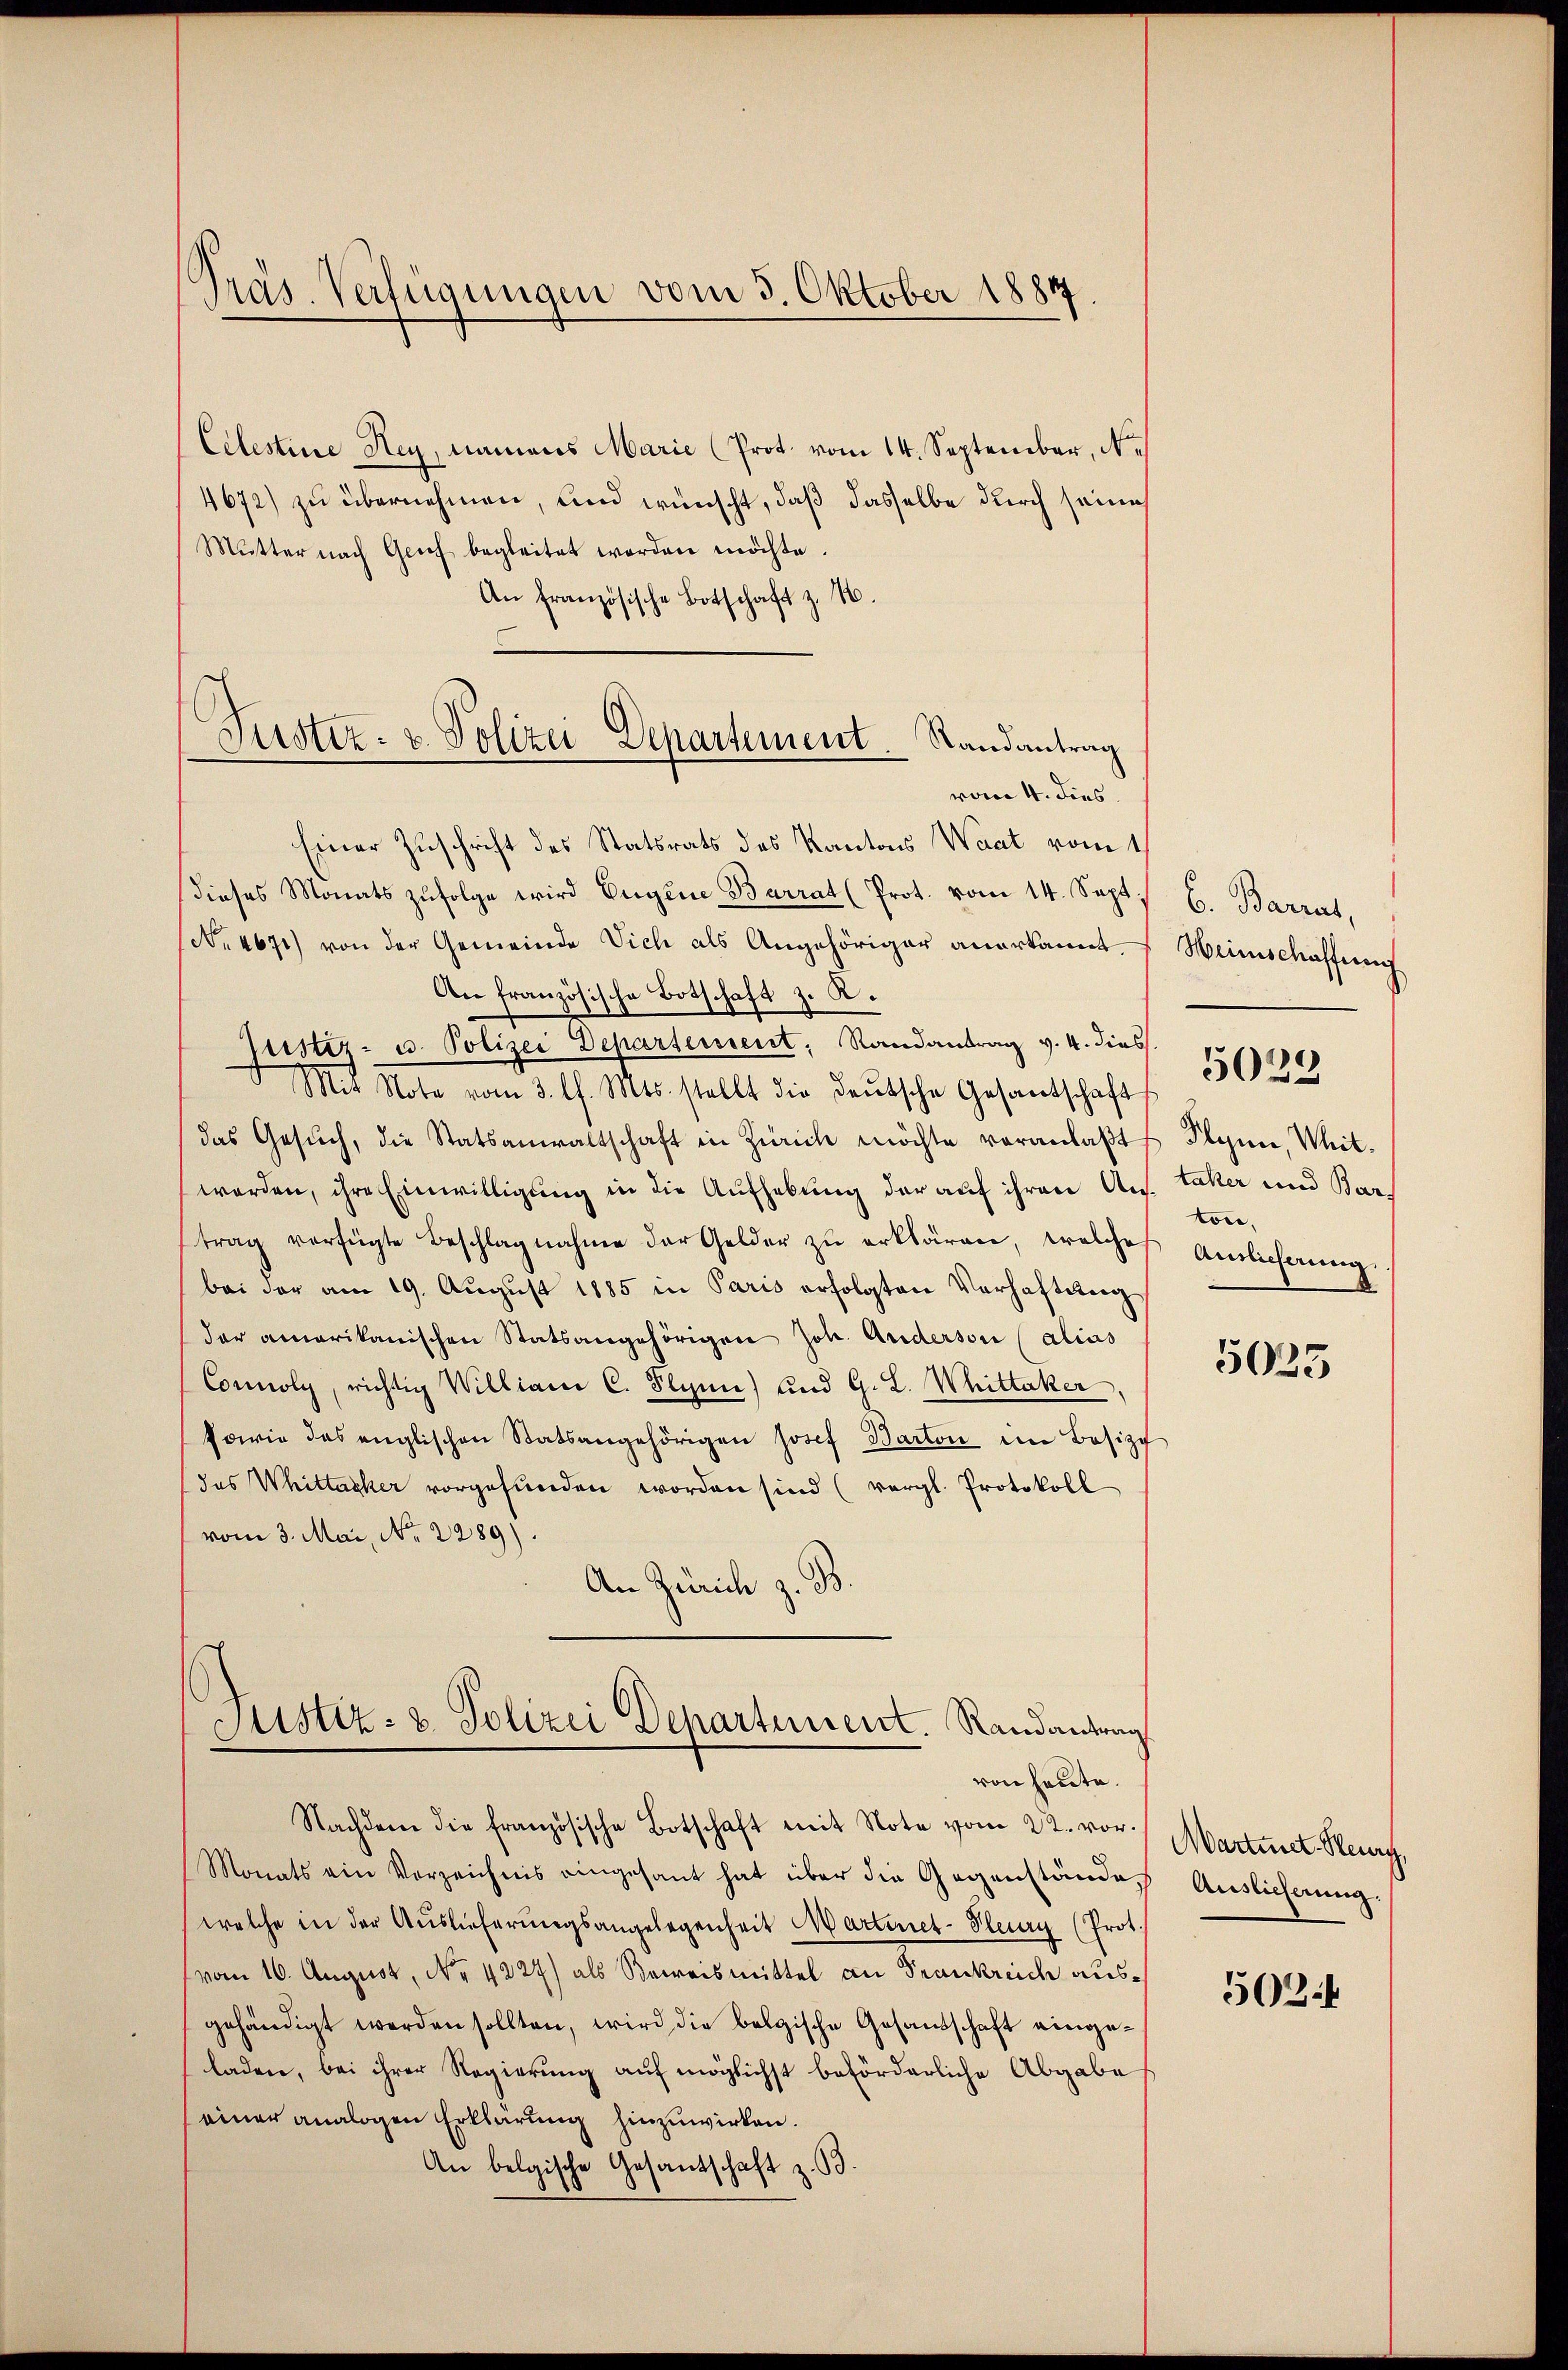
Prás-Verfügungen vom 3. Oktober 1884.

Füster- u. Polizei Departement. Randantrag
vom 4. dies

von heute.

Celestine Rey, namens Marie (Prot. vom 14. September, Ne
4672) zu übernehmen, und wünscht, daß dasselbe durch seines
Mŭtter nach Glich begleitet werden möchte.
An Französische Botschaft z. B.
Einer Zuschrift des Statsrats des Kantons Waat vom 1
dieses Monats zŭfolge wird Eugene Barrat (Prot. vom 14. Sept,
(Nr. 4671) von der Gemeinde Vich als Angehöriger anerkannt.
An französische Botschaft z. R.
Justiz- u. Polizei Departement, Randantrag v. 4. dies
Mit Note vom 3. l. Mts. stellt die deŭtsche Gesandtschaft
das Gesŭch, die Statsanwaltschaft in Zürich möchte veranlaβt
werden, ihre Einwilligung in die Aufhebung der auf ihren Ans. Laker und Bartrag verfügte Beschlagnahme der Gelder zŭ erklären, welche
bei der am 19. Aŭgŭst 1885 in Paris erfolgten Verhaftung
der amerikanischen Statsangehörigen Joh. Anderson (alias
Connoly, richtig Williani C. Plyme) und G. L. Whittaker,
sowie des englischen Statsangehörigen Josef Barton im Besizt
(das Whittacker vorgefunden worden sind (vergl. Protokoll
vom 3. Mai, No. 2289).
An Zürich z. B.
Justiz- & Polizei Departement. Randantrag

6. Barrat,
Weinschaffung
Plynn, Weit.
ton,
Auslieferung.

Nachdem die französische Botschaft mit Note vom 22. vor. Martinet. Heury,
Monats ein Vorzeichnis eingesant hat über die Gegenstände,
welche in der Aŭslieferŭngsangelegenheit Martinet-Pluy (Prot.
vom 16. August, No. 4227) als Beweismittel an Frankreich ausgehändigt werden sollten, wird die belgische Gesandschaft eingeladen, bei ihrer Regierung auf möglichst beförderliche Abgabe
einer analogen Erklärung hinzuwirken.
An belgische Gesantschaft z. B.

5029

5035

Auslieferung.

5024